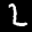
Label: 2